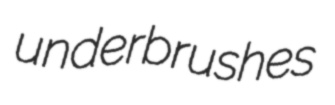
underbrushes